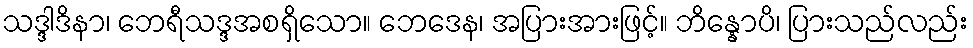
သဒ္ဒါဒိနာ၊ ဘေရီသဒ္ဒအစရှိသော။ ဘေဒေန၊ အပြားအားဖြင့်။ ဘိန္နောပိ၊ ပြားသည်လည်း